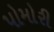
પોમોરી